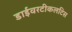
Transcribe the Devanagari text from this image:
डाईवरटीकलटिस